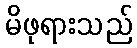
မိဖုရားသည်